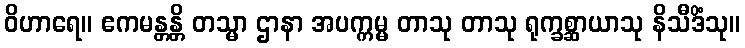
ဝိဟာရေ။ ဧကမန္တန္တိ တသ္မာ ဌာနာ အပက္ကမ္မ တာသု တာသု ရုက္ခစ္ဆာယာသု နိသီဒိံသု။